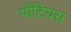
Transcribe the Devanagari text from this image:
पोंटियस